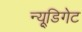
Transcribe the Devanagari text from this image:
न्यू्डिगेट